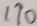
1 7 0